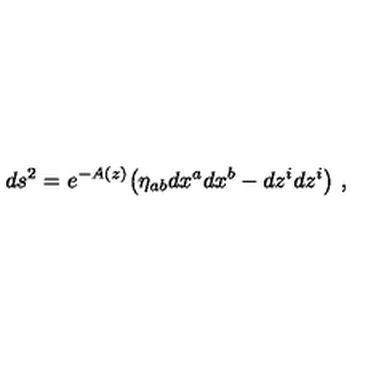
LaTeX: d s ^ { 2 } = e ^ { - A ( z ) } \big ( \eta _ { a b } d x ^ { a } d x ^ { b } - d z ^ { i } d z ^ { i } \big ) \ ,